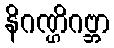
နိဂဏ္ဌိဂဗ္ဘာ